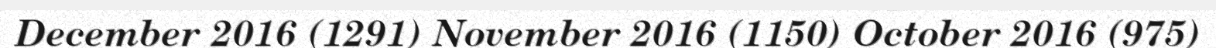
December 2016 (1291) November 2016 (1150) October 2016 (975)